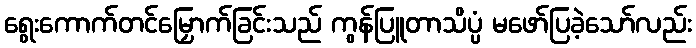
ရွေးကောက်တင်မြှောက်ခြင်းသည် ကွန်ပြူတာသိပ္ပံ မဖော်ပြခဲ့သော်လည်း